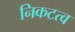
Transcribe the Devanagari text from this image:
निकटत्व